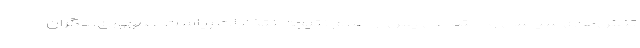
تنش‌های سیاسی و اجتماعی پس از اعلام نتیجه انتخابات ریاست جمهوری، نگران